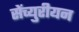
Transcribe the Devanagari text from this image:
सेंच्युरीयन